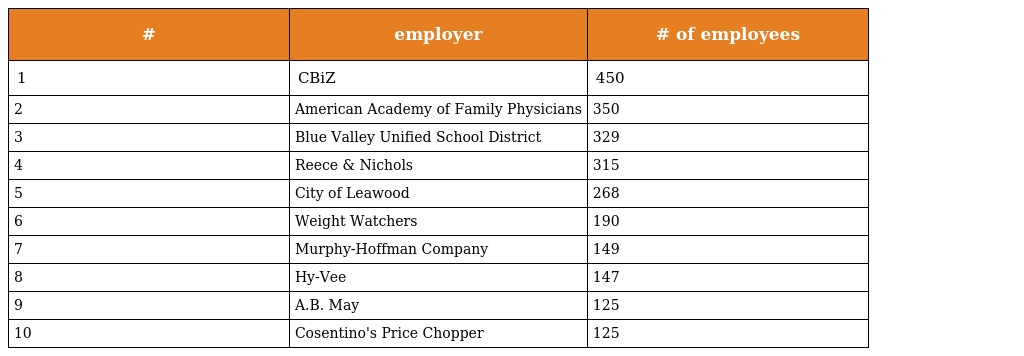
| # | employer | # of employees |
 | --- | --- | --- |
 | 1 | CBiZ | 450 |
 | 2 | American Academy of Family Physicians | 350 |
 | 3 | Blue Valley Unified School District | 329 |
 | 4 | Reece & Nichols | 315 |
 | 5 | City of Leawood | 268 |
 | 6 | Weight Watchers | 190 |
 | 7 | Murphy-Hoffman Company | 149 |
 | 8 | Hy-Vee | 147 |
 | 9 | A.B. May | 125 |
 | 10 | Cosentino's Price Chopper | 125 |